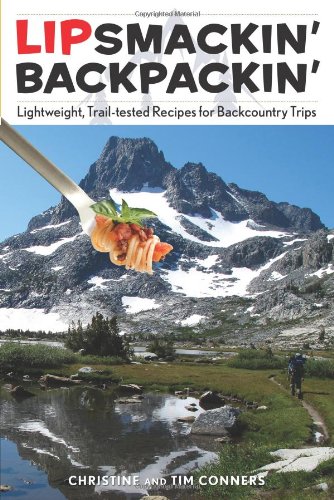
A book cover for Lipsmackin' Backpackin': Lightweight, Trail-Tested Recipes For Backcountry Trips; Christine Conners; Cookbooks, Food & Wine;